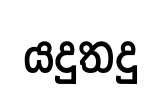
යදුතදු